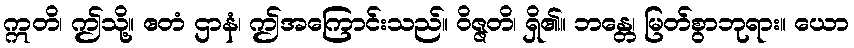
ဣတိ၊ ဤသို့။ ဧတံ ဌာနံ၊ ဤအကြောင်းသည်။ ဝိဇ္ဇတိ၊ ရှိ၏။ ဘန္တေ၊ မြတ်စွာဘုရား။ ယော